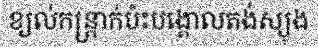
ខ្យល់កន្ត្រាក់ប៉ះបង្គោលតង់ស្យុង